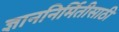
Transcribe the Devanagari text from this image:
ज्ञाननिर्मितीसाठी